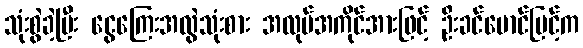
သုံးစွဲခဲ့ပြီး ငွေကြေးအလွဲသုံးစား အလုပ်အကိုင်အားဖြင့် ဦးခင်မောင်မြင့်က